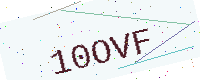
Text: 10OVF